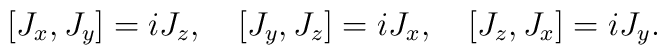
[J_x, J_y] = iJ_z,\quad [J_y, J_z] = iJ_x,\quad [J_z, J_x] =        iJ_y.